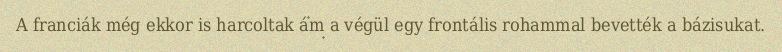
A franciák még ekkor is harcoltak ám a végül egy frontális rohammal bevették a bázisukat.